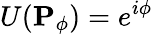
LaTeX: U(\mathbf{P}_{\phi})=e^{i\phi}